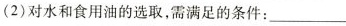
(2)对水和食用油的选取，需满足的条件：___